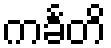
ကင်္ခတိ